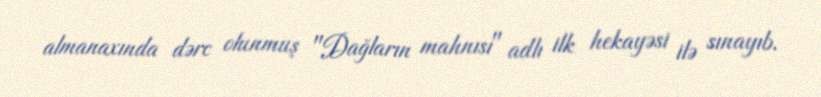
almanaxında dərc olunmuş "Dağların mahnısı" adlı ilk hekayəsi ilə sınayıb.